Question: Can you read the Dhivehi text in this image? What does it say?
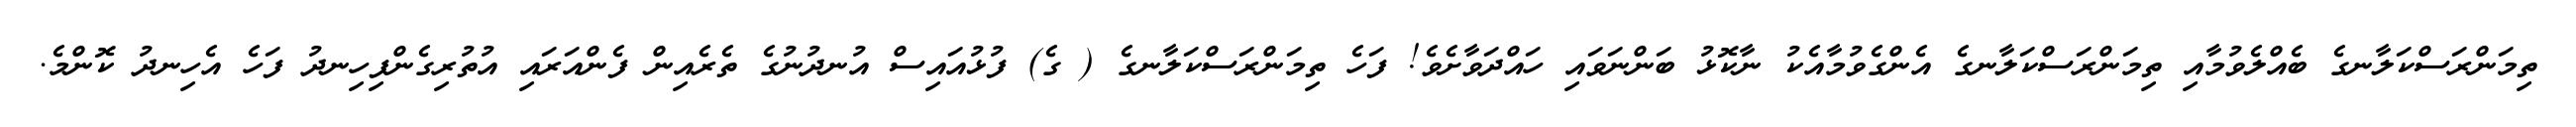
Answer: ތިމަންރަސްކަލާނގެ ބެއްލެވުމާއި ތިމަންރަސްކަލާނގެ އެންގެވުމާއެކު ނާކޮޅު ބަންނަވައި ހައްދަވާށެވެ! ފަހެ ތިމަންރަސްކަލާނގެ ( ގެ) ފުޅުއައިސް އުނދުނުގެ ތެރެއިން ފެންއަރައި އުތުރިގެންފިހިނދު ފަހެ އެހިނދު ކޮންމެ.